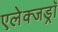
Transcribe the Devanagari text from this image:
एलेक्जड्राॅ